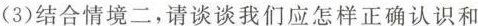
(3)结合情境二，请谈谈我们应怎样正确认识和